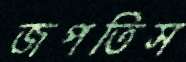
জপতিস